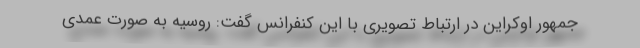
جمهور اوکراین در ارتباط تصویری با این کنفرانس گفت: روسیه به صورت عمدی